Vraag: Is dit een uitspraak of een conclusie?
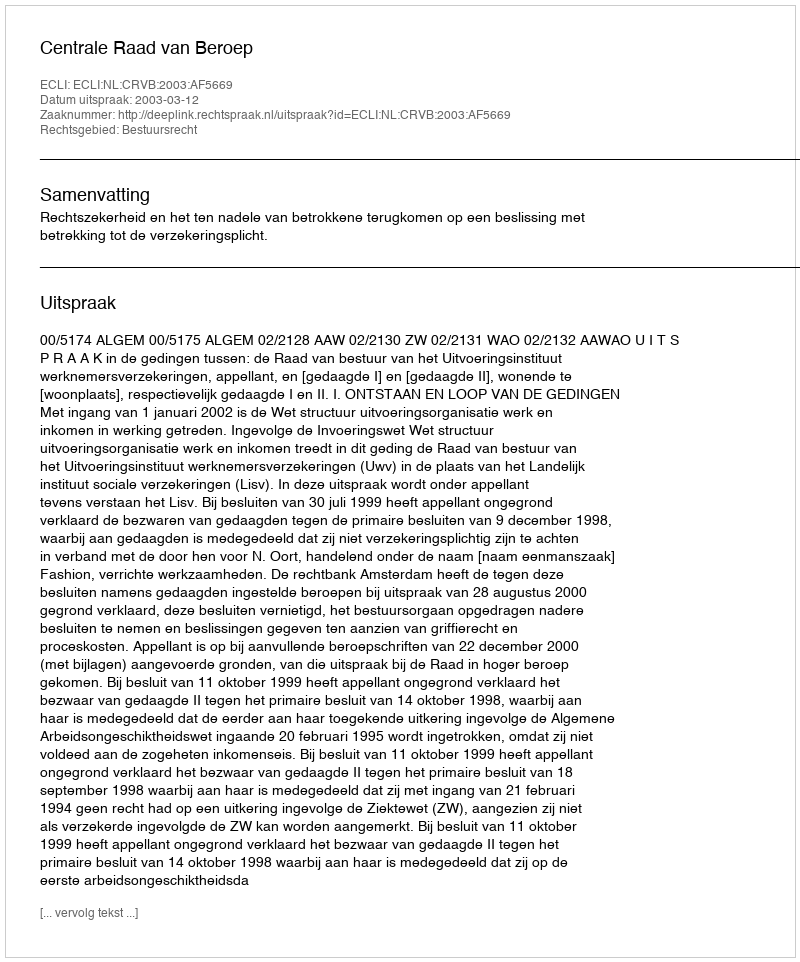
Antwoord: Uitspraak